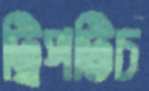
ট্রিপটিচ